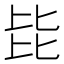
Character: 𣬅